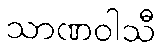
သာဏဝါသီ